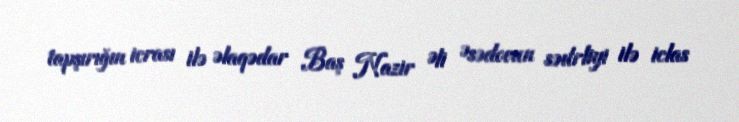
tapşırığın icrası ilə əlaqədar Baş Nazir Əli Əsədovun sədrliyi ilə iclas